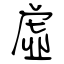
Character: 虛